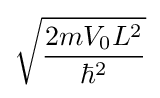
{\sqrt {\frac {2mV_{0}L^{2}}{\hbar ^{2}}}}